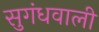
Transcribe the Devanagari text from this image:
सुगंधवाली